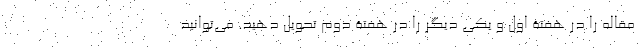
مقاله را در هفتۀ اول و یکی دیگر را در هفتۀ دوم تحویل دهید. می‌توانید